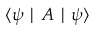
\langle \psi \mid A \mid \psi \rangle